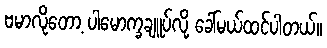
ဗမာလိုတော့ ပါမောက္ခချူပ်လို့ ခေါ်မယ်ထင်ပါတယ်။